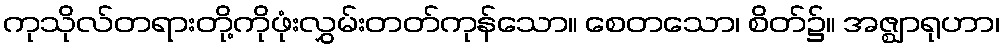
ကုသိုလ်တရားတို့ကိုဖုံးလွှမ်းတတ်ကုန်သော။ စေတသော၊ စိတ်၌။ အဇ္ဈာရုဟာ၊